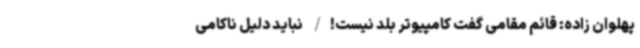
پهلوان زاده: قائم مقامی گفت کامپیوتر بلد نیست!/ نباید دلیل ناکامی